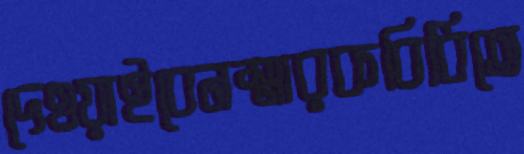
দেওয়াইবেনস্মারকবিধিতে